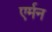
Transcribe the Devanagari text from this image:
एर्मन